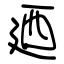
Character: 廼